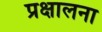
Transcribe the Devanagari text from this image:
प्रक्षालना